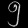
Digit: ၅